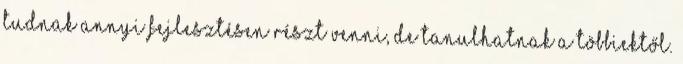
tudnak annyi fejlesztésen részt venni, de tanulhatnak a többiektől.